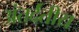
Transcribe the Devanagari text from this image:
अंतर्दंतीय